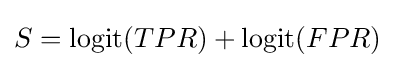
S=\operatorname {logit} (TPR)+\operatorname {logit} (FPR)